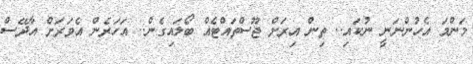
މަންމަ އެހުންނަނީ ނުކައި.. ތިން އިރަށް ޖޫސްތައްޓެއް ބޯލައިގެން.. އަހަރެން އެވަރަށް އާދޭސް